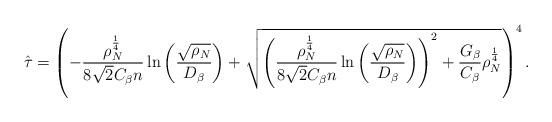
LaTeX: \begin{align*} \hat{\tau}= \left( -\frac{\rho_N^{\frac{1}{4}}}{8\sqrt{2}C_{\beta} n} \ln \left(\frac{\sqrt{\rho_N}}{D_{\beta}}\right) + \sqrt{\left(\frac{\rho_N^{\frac{1}{4}}}{8 \sqrt{2}C_{\beta} n} \ln \left(\frac{\sqrt{\rho_N}}{D_{\beta}}\right) \right)^2+\frac{G_{\beta}}{C_{\beta}} \rho_N^{\frac{1}{4}}}\right)^4.\end{align*}